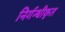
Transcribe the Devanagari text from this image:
निर्गन्धीकृत